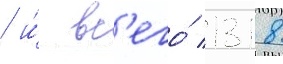
/ и́ вс'его́ 1318